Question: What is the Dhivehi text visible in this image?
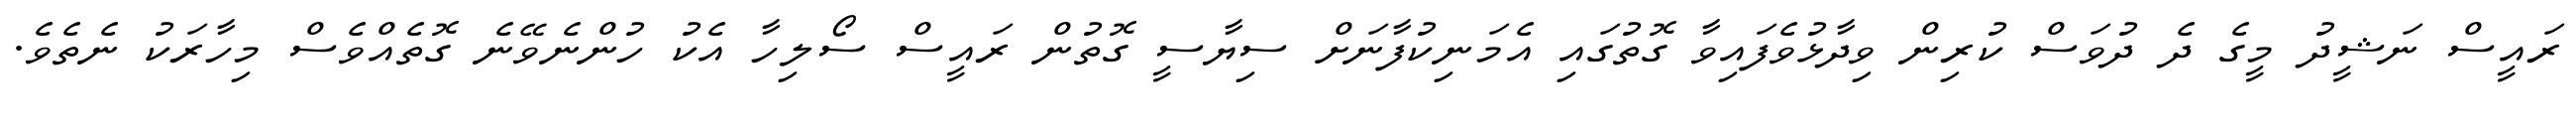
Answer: ރައީސް ނަޝީދު މީގެ ދެ ދުވަސް ކުރިން ވިދާޅުވެފައިވާ ގޮތުގައި އެމަނިކުފާނަށް ސިޔާސީ ގޮތުން ރައީސް ސޯލިހާ އެކު ހުންނެވޭނެ ގޮތެއްވެސް މިހާރަކު ނެތެވެ.